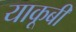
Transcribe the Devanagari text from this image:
याकूबी